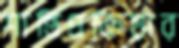
শান্তিপ্রক্রিয়ার